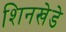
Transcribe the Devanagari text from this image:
शिनखेडे